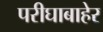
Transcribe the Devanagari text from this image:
परीघाबाहेर